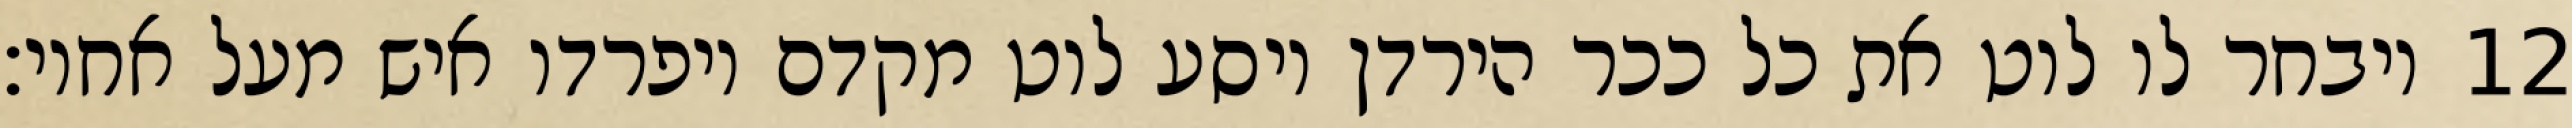
ויבחר לו לוט את כל ככר הירדן ויסע לוט מקדם ויפרדו איש מעל אחיו׃ ‎12‏